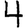
Digit: 4